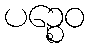
ပဉ္စေဝ